Leaving Certificate Examination, 1902
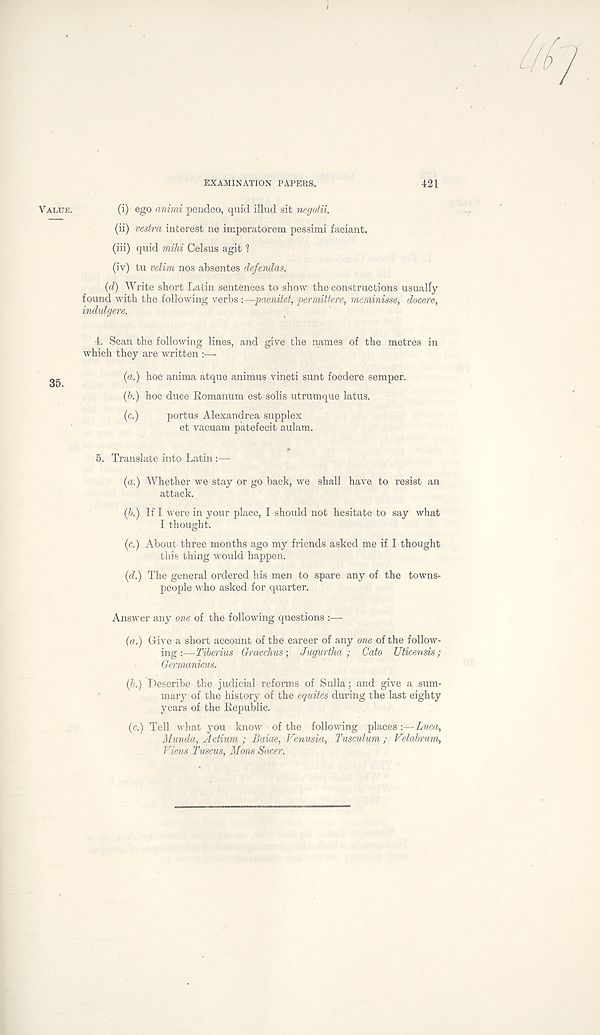
EXAMINATION PAPERS.
421
VALUE.
(i) ego animi pendeo, quid illud sit negotii.
(ii) vestra interest ne imperatorem pessimi faciant.
(iii) quid mihi Celsus agit l
(iv) tu velim nos absentes defendas.
(d) Write short Latin sentences to show the constructions usually
found with the following verbs :—paenitet, permittere, meminisse, docere,
indulgere.
4. Scan the following lines, and give the names of the metres in
which they are written :—
(a.) hoc anima atque animus vincti sunt foedere semper.
(b.) hoc duce Komanum est solis utrumque latus.
(c.)
portus Alexandrea supplex
et vacuam patefecit aulam.
5. Translate into Latin :—
{a.) Whether we stay or go back, we shall have to resist an
attack.
(b.) If I were in your place, I should not hesitate to say what
I thought.
(c.) About three months ago my friends asked me if I thought
this thing would happen.
(d.) The general ordered his men to spare any of the towns-
people who asked for quarter.
Answer any one of the following questions :—
(a.) Give a short account of the career of any one of the follow-
ing :—Tiberius Gracchus; Jugurtha ; Cato Uticensis;
Germanicus.
(b.) Describe the judicial reforms of Sulla; and give a sum-
mary of the history of the equites during the last eighty
years of the Republic.
(c.) Tell what you know of the following places :—Luca,
Munda, Adium ; Baiae, Venusia, Tusculum ; Velabrum,
Ficus Tuscus, Mans Sacer.